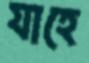
যাহে